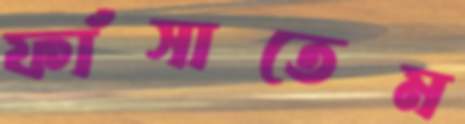
ফাঁসাতেম